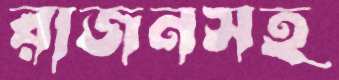
রাজনসহ